King Institute of Preventive Medicine Bacteriolog. Section reports 1907-08
Year: 1907
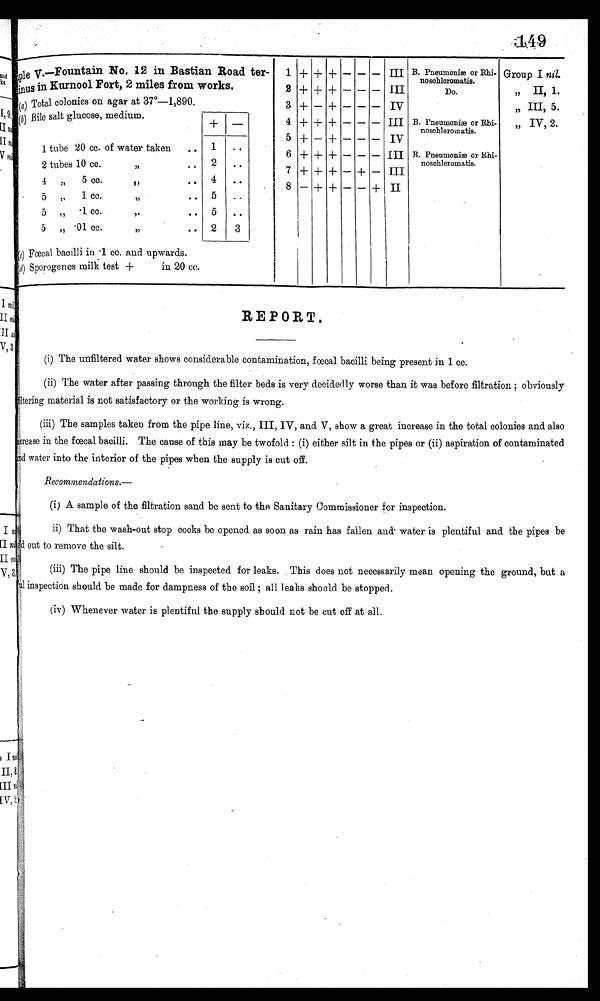
1 4 9
m p l e
v . — F o u n t a i n N o .
1 2
i n B a s t i a n R o a d t e r -
inus in Kurnool Fort, 2 miles from works.
1
2
+
+
+
+
+
+
—
—
—
—
—
—
III
III
B. Pneumoniæ or Rhi-
noschleromatis.
Do.
Group I nil.
,, II, 1.
(a) Total colonies on agar at 37°—1,890.
(b) Bile salt glucose, medium.
3
4
+
+
—
+
+
+
—
—
—
—
—
—
IV
III B. Pneumonia or Rhi-
nosohleromatis.
„ III, 5.
,, IV, 2.
+
5
—
- -- IV
1 tube 20 cc. of water taken
.. 1
. .
6 + + + — — — III B. Pneumonia or Rhi-
nosohleromatis.
2 tubes 10 cc.
:,, ..
2
. . . . . .
7 + + + — + — III
4
„
5 cc.
,,
.. 4
. .
8
- -+ II
5 „
1 ce.
,, . . 5
..
5 ,, . 1 ce.
,.
..
1
5 „ .01 cc.
,, ... .
(c) Fœcal bacilli in .1 cc. and upwards.
(d) Sporogenes milk test +
in 20 cc.
2
3
I
REPORT.
(i) The unfiltered water shows considerable contamination, fœcal bacilli being present in 1 cc.
(ii) The water after passing through the filter beds is very decidedly worse than it was before filtration ; obviously
feltering material is not satisfactory or the working is wrong.
(iii) The samples taken from the pipe line, viz., III, IV, and V, show a great increase in the total colonies and also
increase in the fœcal bacilli. The cause of this may be twofold : (i) either silt in the pipes or (ii) aspiration of contaminated
and water into the interior of the pipes when the supply is cut off.
Recommendations.—
(i) A sample of the filtration sand be sent to the Sanitary Commissioner for inspection.
ii) That the wash-out stop cocks be opened as soon as rain has fallen and water is plentiful and the pipes be
out to remove the silt.
(iii) The pipe line should be inspected for leaks. This does not necessarily mean opening the ground, but a
1 inspection should be made for dampness of the soil ; all leaks should be stopped.
(iv) Whenever water is plentiful the supply should not be cut off at all.